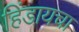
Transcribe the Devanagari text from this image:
हिंडायचा